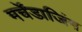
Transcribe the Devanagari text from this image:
मर्चेंडाजिंग